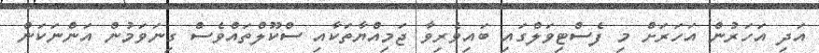
އަދި އަހަރުން އަހަރަށް މި ފެސްޓިވަލްގައި ބައިވެރިވާ ޖަމިއްޔާތަކާއި ސްކޫލްތައްވެސް ގިނަވަމުން އަންނަކަން